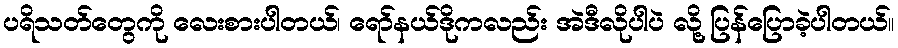
ပရိသတ်တွေကို လေးစားပါတယ်၊ ရော်နယ်ဒိုကလည်း အဲဒီလိုပါပဲ လို့ ပြန်ပြောခဲ့ပါတယ်။